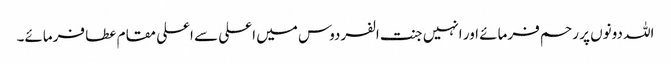
اللہ دونوں پر رحم فرمائے اور انہیں جنت الفردوس میں اعلی سے اعلی مقام عطا فرمائے۔